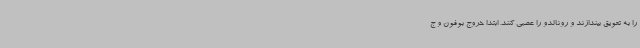
را به تعویق بیندازند و رونالدو را عصبی کنند. ابتدا خروج بوفون و ج